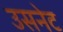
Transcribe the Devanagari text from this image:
उसनेट